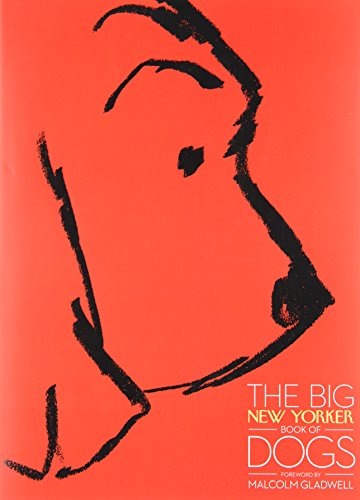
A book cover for The Big New Yorker Book of Dogs; The New Yorker Magazine; Humor & Entertainment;